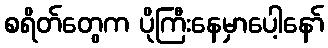
စရိတ်တွေက ပိုကြီးနေမှာပေါ့နော်